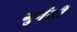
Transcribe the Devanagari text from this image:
गुर्नसी